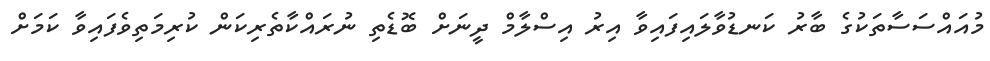
މުއައްސަސާތަކުގެ ބާރު ކަނޑުވާލައިފައިވާ އިރު އިސްލާމް ދީނަށް ބޮޑެތި ނުރައްކާތެރިކަން ކުރިމަތިވެފައިވާ ކަމަށް